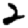
Digit: 2